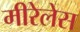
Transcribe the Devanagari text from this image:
मीरेलेस